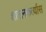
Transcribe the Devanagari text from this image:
शासनकर्त्यास